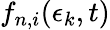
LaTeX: f_{n,i}(\epsilon_{k},t)